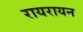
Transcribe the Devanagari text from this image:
रायरायन